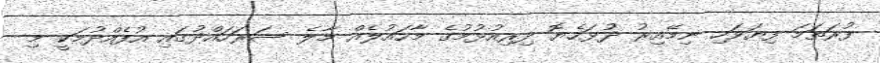
ފުރަތަމަ ފިޔަވަހި ނިމޭއިރު ދުޅަހެޔޮ ދިރިއުޅުމުގެ މާހައުލެއް މާލެ ސަރަހައްދުގައި އުފެއްދުމަކީ މި